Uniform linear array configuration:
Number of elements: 32
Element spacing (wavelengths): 1
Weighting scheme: cosine
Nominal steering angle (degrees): -60
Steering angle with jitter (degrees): -59.079
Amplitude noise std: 0.05
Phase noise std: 0.05

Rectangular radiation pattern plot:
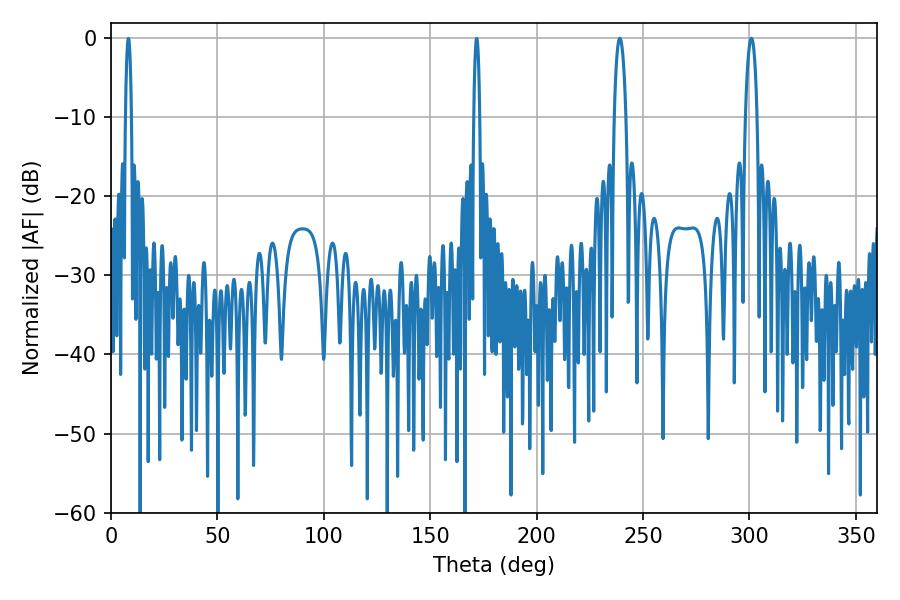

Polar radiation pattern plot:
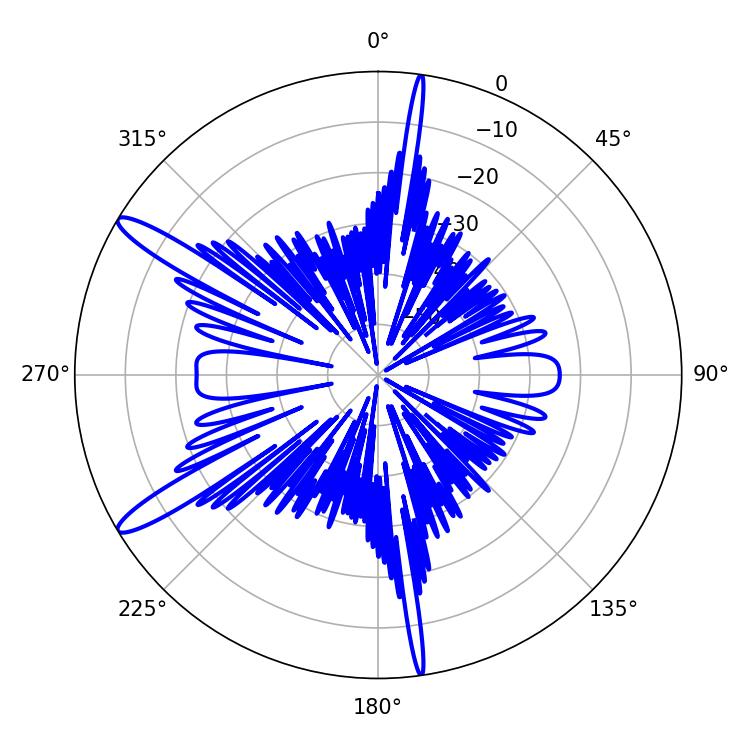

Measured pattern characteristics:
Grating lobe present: TRUE
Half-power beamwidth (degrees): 3.06
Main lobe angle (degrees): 239.04